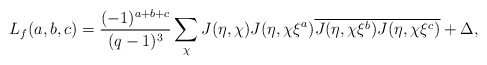
\begin{align*}L_f(a,b,c)=\frac{(-1)^{a+b+c}}{(q-1)^3}\sum_{\chi}J(\eta,\chi)J(\eta,\chi\xi^a)\overline{J(\eta,\chi\xi^b)J(\eta,\chi\xi^c)}+\Delta, \end{align*}